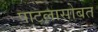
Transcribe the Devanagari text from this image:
पाटलासोबत